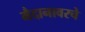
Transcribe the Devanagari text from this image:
मैदानावरचे